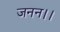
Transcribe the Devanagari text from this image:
जनन।।